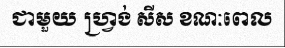
ជាមួយ ហ្វ្រង់ សីស ខណៈពេល